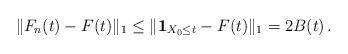
LaTeX: \begin{align*}\|F_n(t)-F(t)\|_1 \leq \|{\bf 1}_{X_0\leq t}-F(t)\|_1 = 2 B(t) \, .\end{align*}